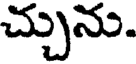
చ్చును.